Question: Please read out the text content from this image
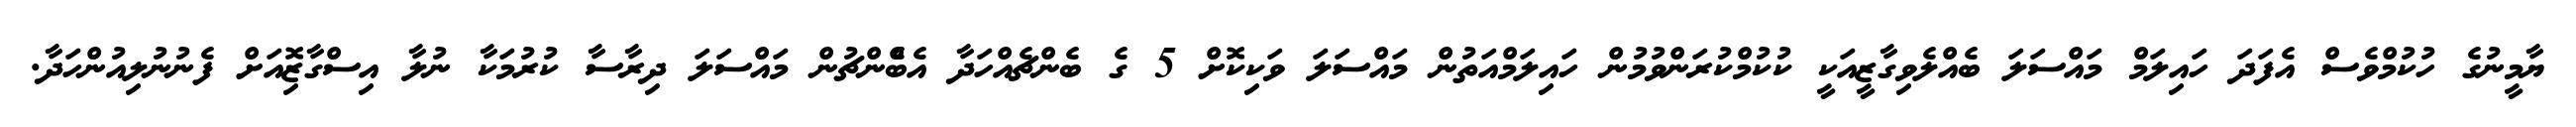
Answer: ޔާމީނުގެ ހުކުމްވެސް އެފަދަ ހައިލަމް މައްސަލަ ބެއްލެވިގާޒީއަކީ ކުކުމްކުރަންވުމުން ހައިލަމްއަތުން މައްސަލަ ވަކިކޮށް 5 ގެ ބެންޗެއްހަދާ އެބްެންޗުން މައްސަލަ ދިރާސާ ކުރުމަކާ ނުލާ އިސްގާޒޮިއަށް ފެނުނުލިއުންހަދާ.